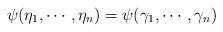
LaTeX: \begin{align*}\psi(\eta_1, \cdots, \eta_n) = \psi(\gamma_1, \cdots,\gamma_n)\end{align*}